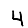
Digit: 4